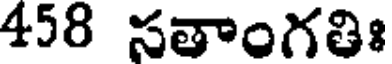
458 సతాంగతిః